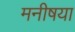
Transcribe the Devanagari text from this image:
मनीषया